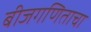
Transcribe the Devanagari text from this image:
बीजगणिताचा